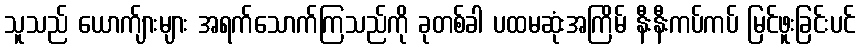
သူသည် ယောက်ျားများ အရက်သောက်ကြသည်ကို ခုတစ်ခါ ပထမဆုံးအကြိမ် နီးနီးကပ်ကပ် မြင်ဖူးခြင်းပင်